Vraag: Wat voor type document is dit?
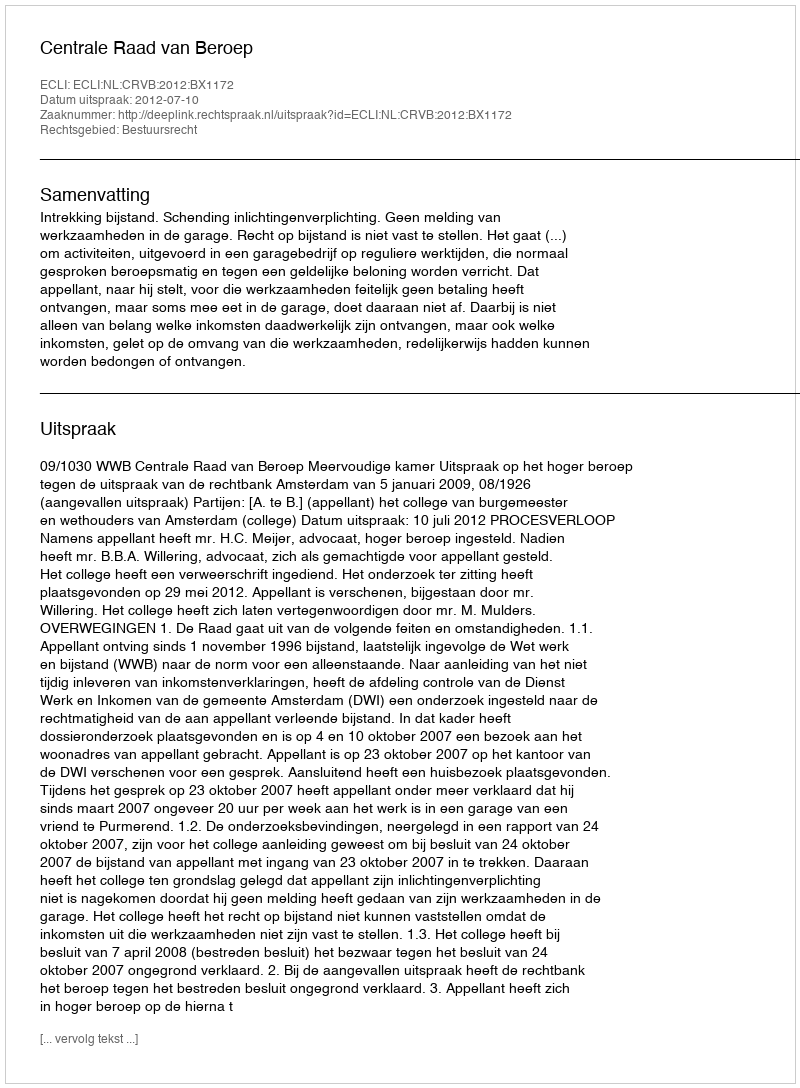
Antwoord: Uitspraak